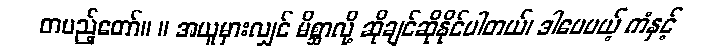
တပည့်တော်။ ။ အယူမှားလျှင် မိစ္ဆာလို့ ဆိုချင်ဆိုနိုင်ပါတယ်၊ ဒါပေမယ့် ကံနှင့်